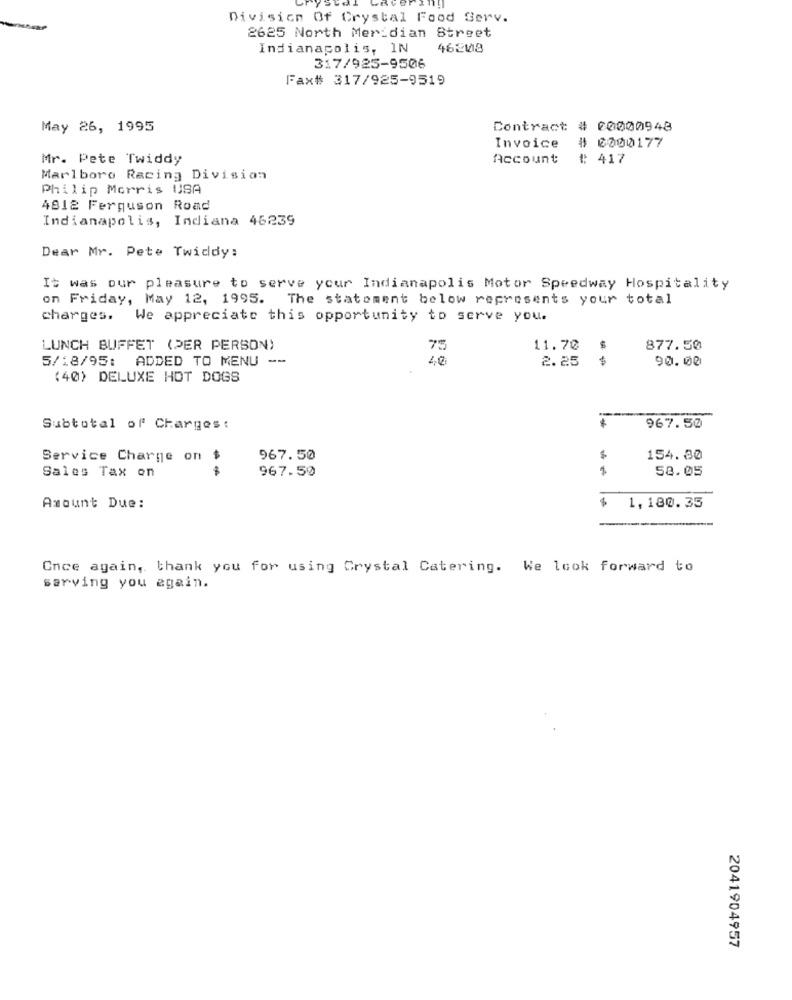
Division Of Crystal Food Serv.
2625 North Meridian Street
Indianapolis, IN
46248
317/925-9506
Fax# 317/925-9519
May 26, 1995
Contract # 00000948
Invoice
# 0000177
Mr. Pete Twiddy
Account
₡: 417
Marlboro Racing Division
Philip Morris USA
4812 Ferguson Road
Indianapolis, Indiana 46239
Dear Mr. Pete Twicdy:
It was our pleasure to serve your Indianapolis Motor Speedway Hospitality
on Friday, May 12, 1995. The statement below represents your total
charges. We appreciate this opportunity to serve you.
LUNCH BUFFET (PER PERSON)
75
11.70 $
877.50
5/18/95: ADDED TO MENU --
40
2.25
$
90.00
(40) DELUXE HOT DOGS
Subtotal of Charges :
967.50
Service Charge on
967.50
$
154.30
$
967.50
58.05
Sales Tax on
Amount Due:
$
1,180.35
Once again, thank you for using Crystal Catering. We look forward to
sarving you again.
2041904957